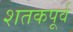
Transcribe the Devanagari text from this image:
शतकपूर्व